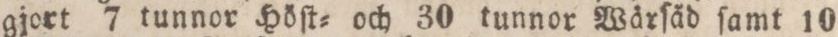
gjort 7 tunnor Höſt= och 30 tunnor Wärſäd ſamt 10